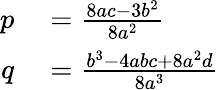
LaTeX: \begin{array}{rl}{p}&{{}={\frac{8ac-3b^{2}}{8a^{2}}}}\\ {q}&{{}={\frac{b^{3}-4abc+8a^{2}d}{8a^{3}}}}\end{array}